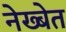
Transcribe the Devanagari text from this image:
नेख्बेत